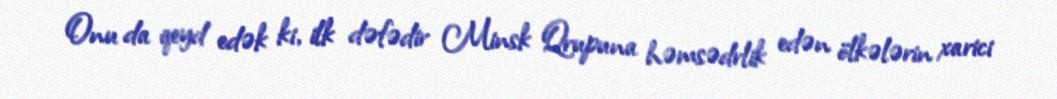
Onu da qeyd edək ki, ilk dəfədir Minsk Qrupuna həmsədrlik edən ölkələrin xarici